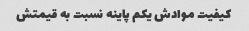
کیفیت موادش یکم پاینه نسبت به قیمتش